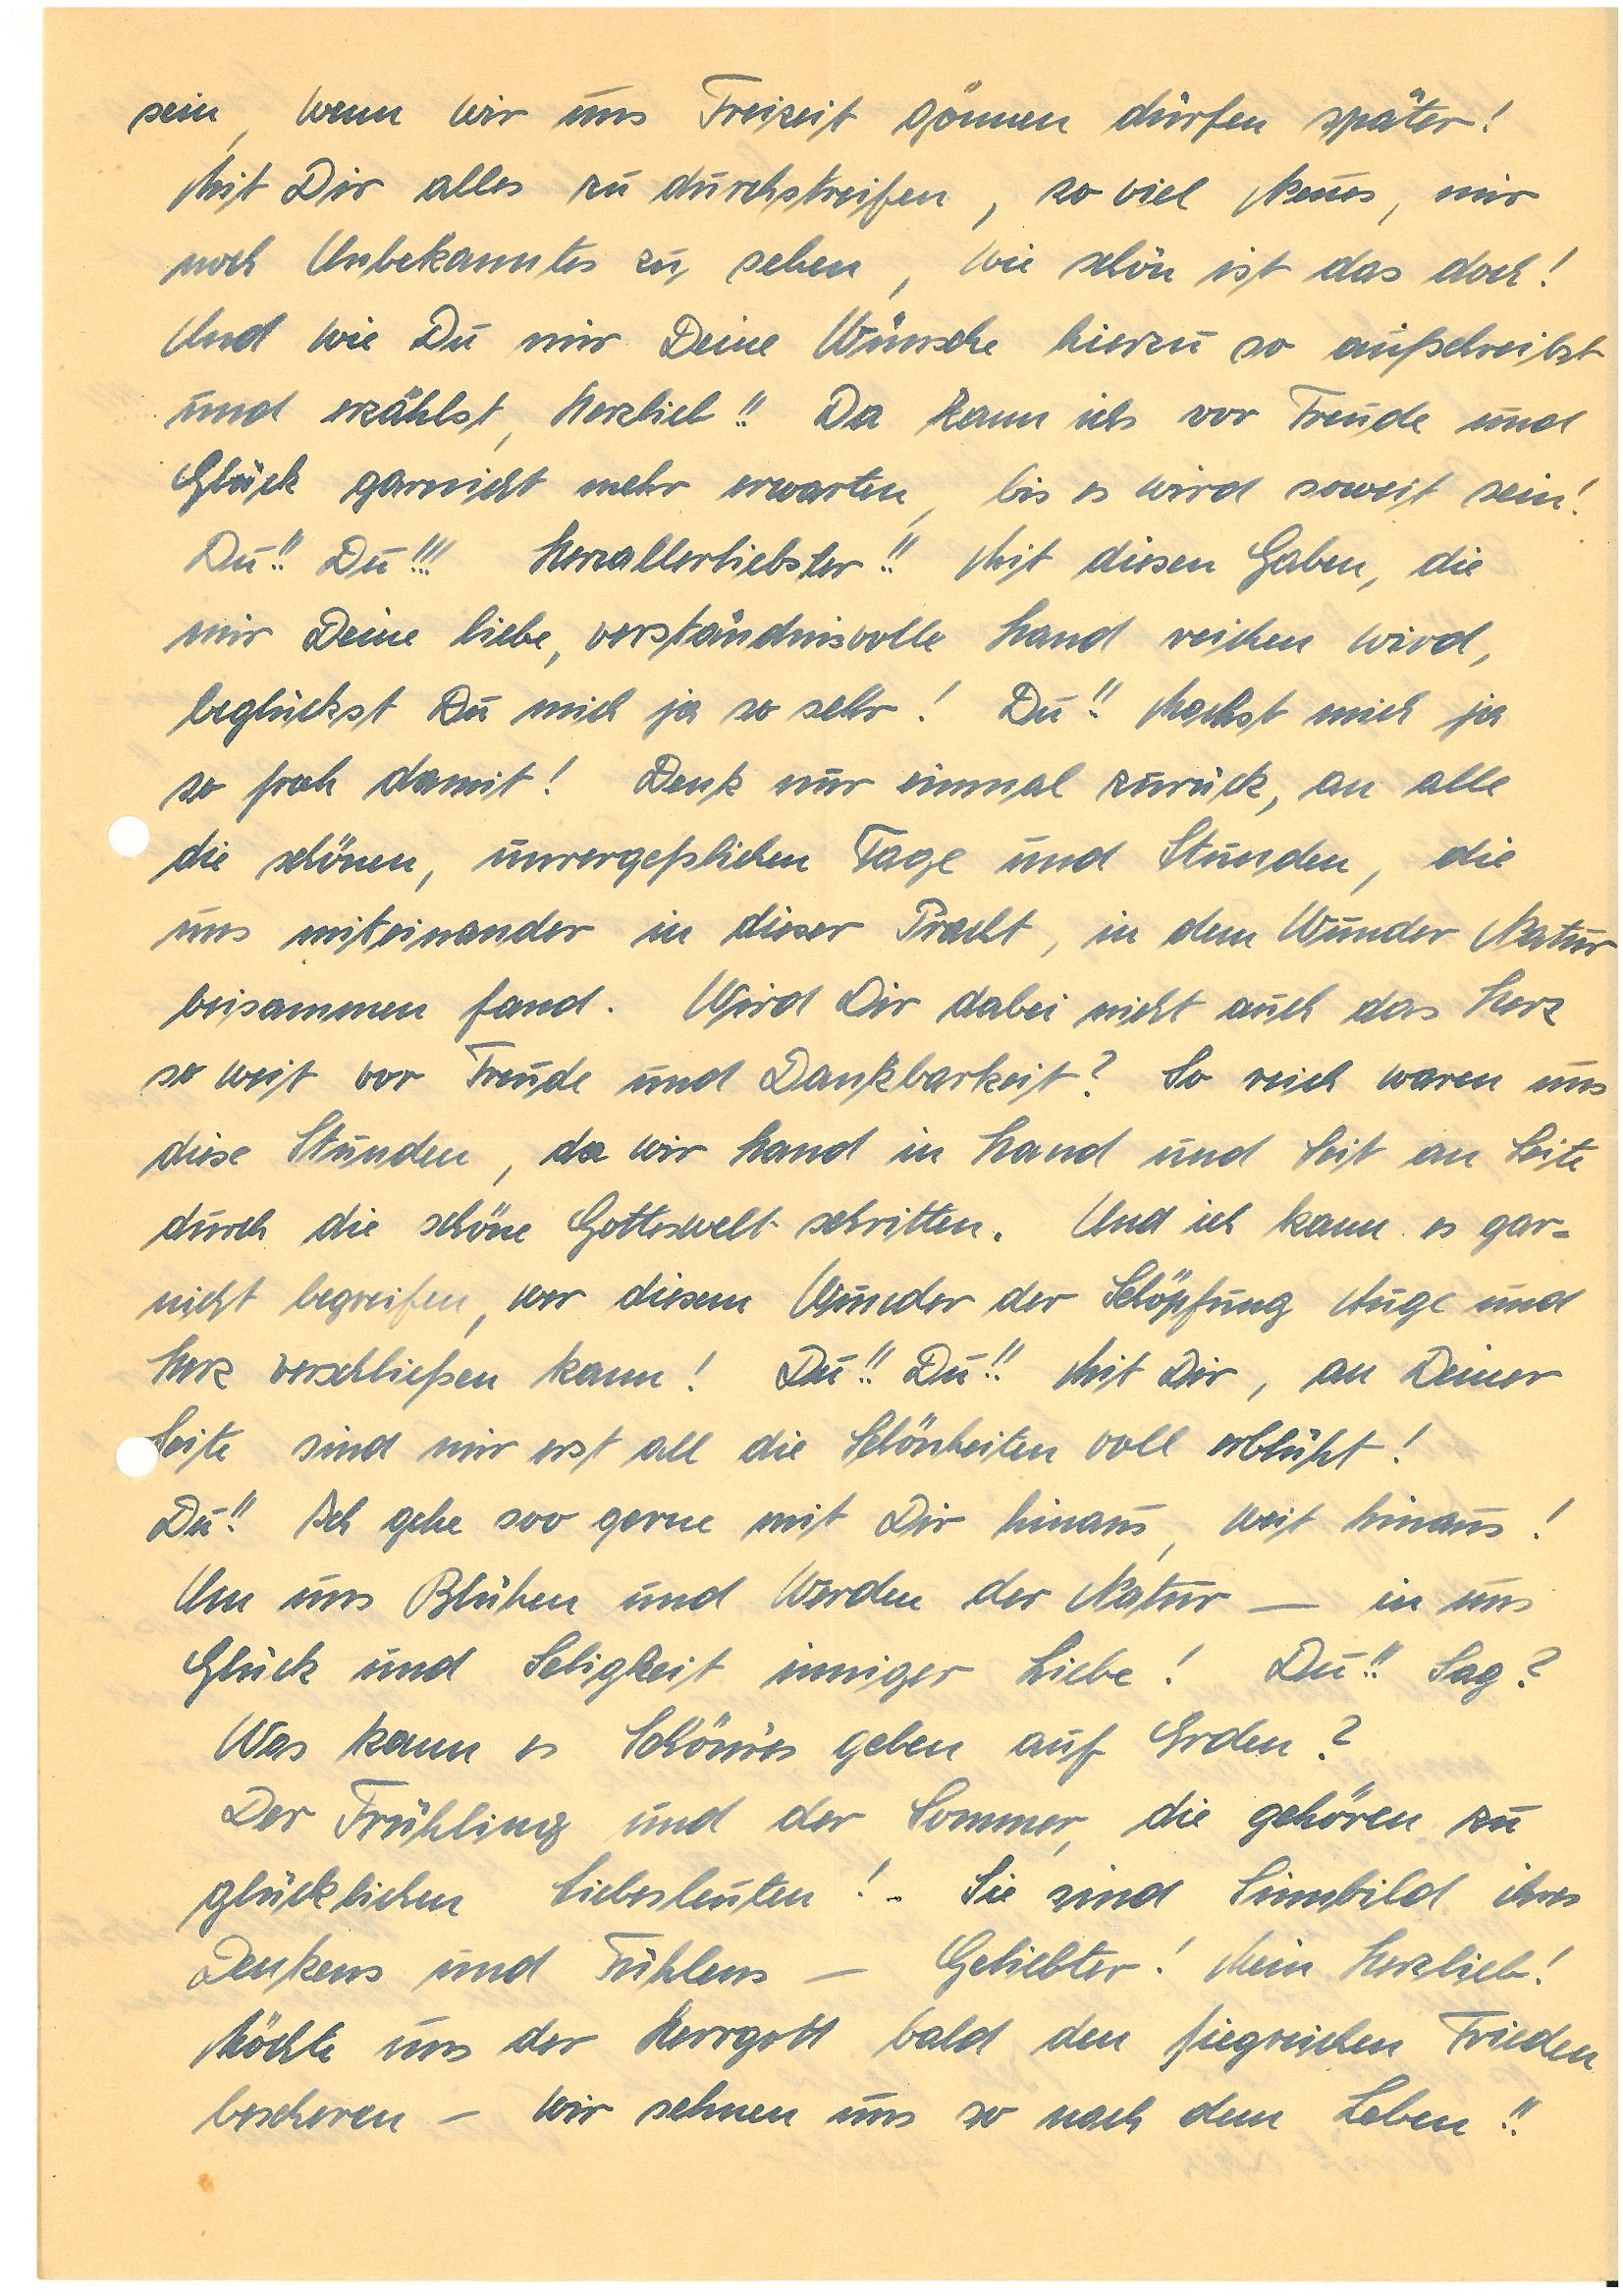
sein, wenn wir uns Freizeit gönnen dürfen später!
Mit Dir alles zu durchstreifen, so viel Neues, nur
auf Unbekanntes zu sehen, wie schön ist das doch!
Und wie Du mir Deine Wünsche hierzu so aufschreibst
und erzählst, Herzlieb!! Da kann ichs vor Freude und
Glück garnicht mehr erwarten, bis es wird soweit sein!
Du!! Du!! Herzallerliebster!! Mit diesen Gaben, die
mir Deine liebe, verständnisvolle Hand reichen wird,
beglückst Du mich ja so sehr! Du!! Machst mich ja
so froh damit! Denk nur einmal zurück, an alle
die schönen, unvergeßlichen Tage und Stunden, die
uns miteinander in dieser Pracht, in dem Wunder Natur
beisammen fand. Wird Dir dabei nicht auch das Herz
so weit vor Freude und Dankbarkeit? So reich waren uns
diese Stunden, da wir Hand in Hand und Seit an Seite
durch die schöne Gotteswelt schritten. Und ich kann es gar¬
nicht begreifen, wer diesem Wunder der Schöpfung Auge und
Herz verschließen kann! Du!! Du!! Mit Dir, an Deiner
Seite sind mir erst all die Schönheiten voll erblüht!
Du!! Ich gehe soo gerne mit Dir hinaus, weit hinaus!
Um uns Blühen und Werden der Natur – in uns
Glück und Seligkeit inniger Liebe! Du!! Sag?
Was kann es Schön’res geben auf Erden?
Der Frühling und der Sommer, die gehören zu
glücklichen Liebesleuten! Sie sind Sinnbild ihres
Denkens und Fühlens – Geliebter! Mein Herzlieb!
Möchte uns der Herrgott bald den siegreichen Frieden
bescheren – wir sehnen uns so nach dem Leben!!